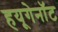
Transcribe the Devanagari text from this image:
हयूगेनॉट